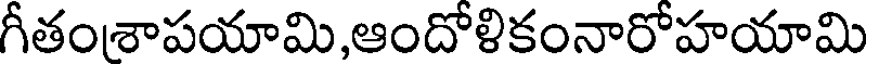
గీతంశాపయామి,ఆందోళికంనారోహయామి